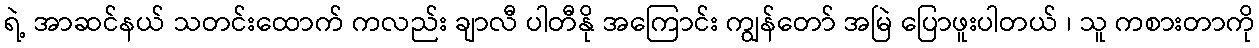
ရဲ့ အာဆင်နယ် သတင်းထောက် ကလည်း ချာလီ ပါတီနို အကြောင်း ကျွန်တော် အမြဲ ပြောဖူးပါတယ် ၊ သူ ကစားတာကို